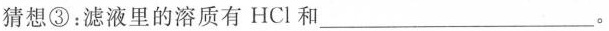
猜想③：滤液里的溶质有HCl和___。